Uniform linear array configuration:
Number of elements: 8
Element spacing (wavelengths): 1
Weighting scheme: cosine
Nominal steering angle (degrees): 0
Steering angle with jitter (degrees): -1.452
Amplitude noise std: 0.05
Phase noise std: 0.05

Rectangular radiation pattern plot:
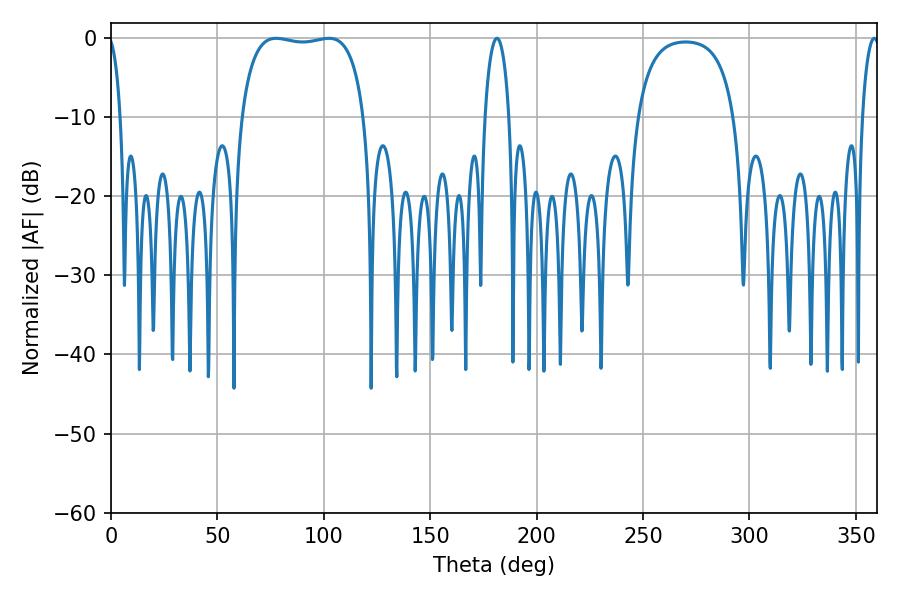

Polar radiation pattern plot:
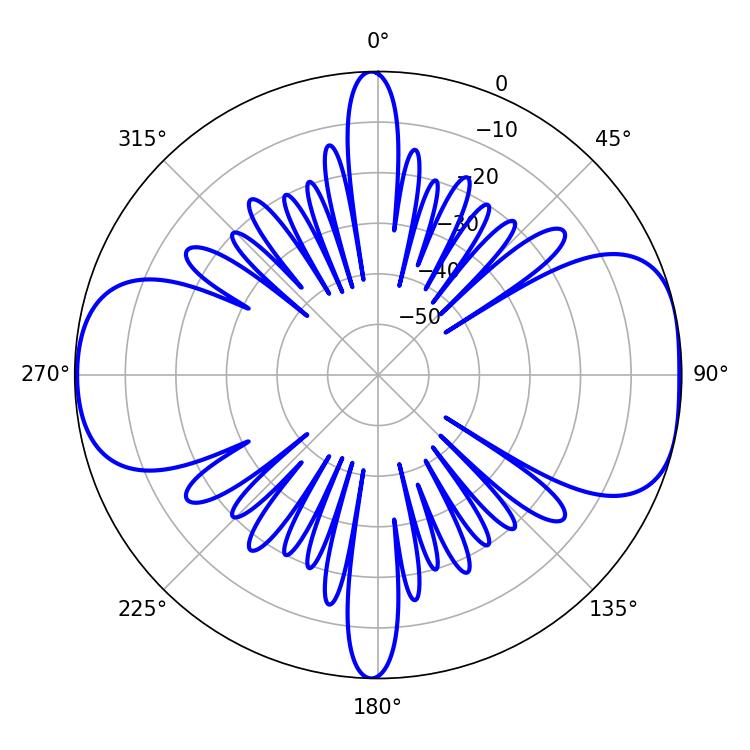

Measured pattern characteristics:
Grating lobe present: TRUE
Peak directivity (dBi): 8.628
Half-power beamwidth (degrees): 46.44
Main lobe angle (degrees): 77.58